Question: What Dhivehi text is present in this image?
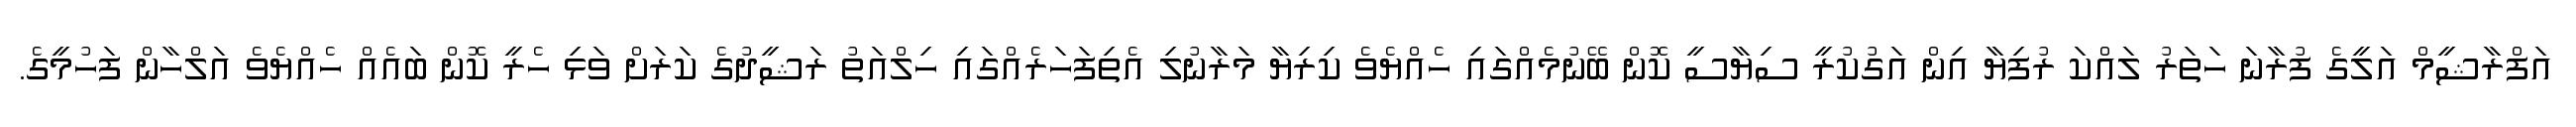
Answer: އަފްރާޝީމް އަލީގެ ފުރާނަ ހަތަރު ލައްކަ ރުފިޔާ އިން އަގުކުރީ ސިޔާސީ ކޮން ބޭނުމެއްގައި ހެއްޔެވެ ކިރިޔާ މަރާނުލި އެތިފަހަރެއްގައި ހިލްއަތު ރަޝީދުގެ ކަރަށް ވަޅި ހެރީ ކޮން ބައެއް ހެއްޔެވެ އަލްހާން ފަހުމީގެ.